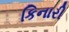
કિનારી